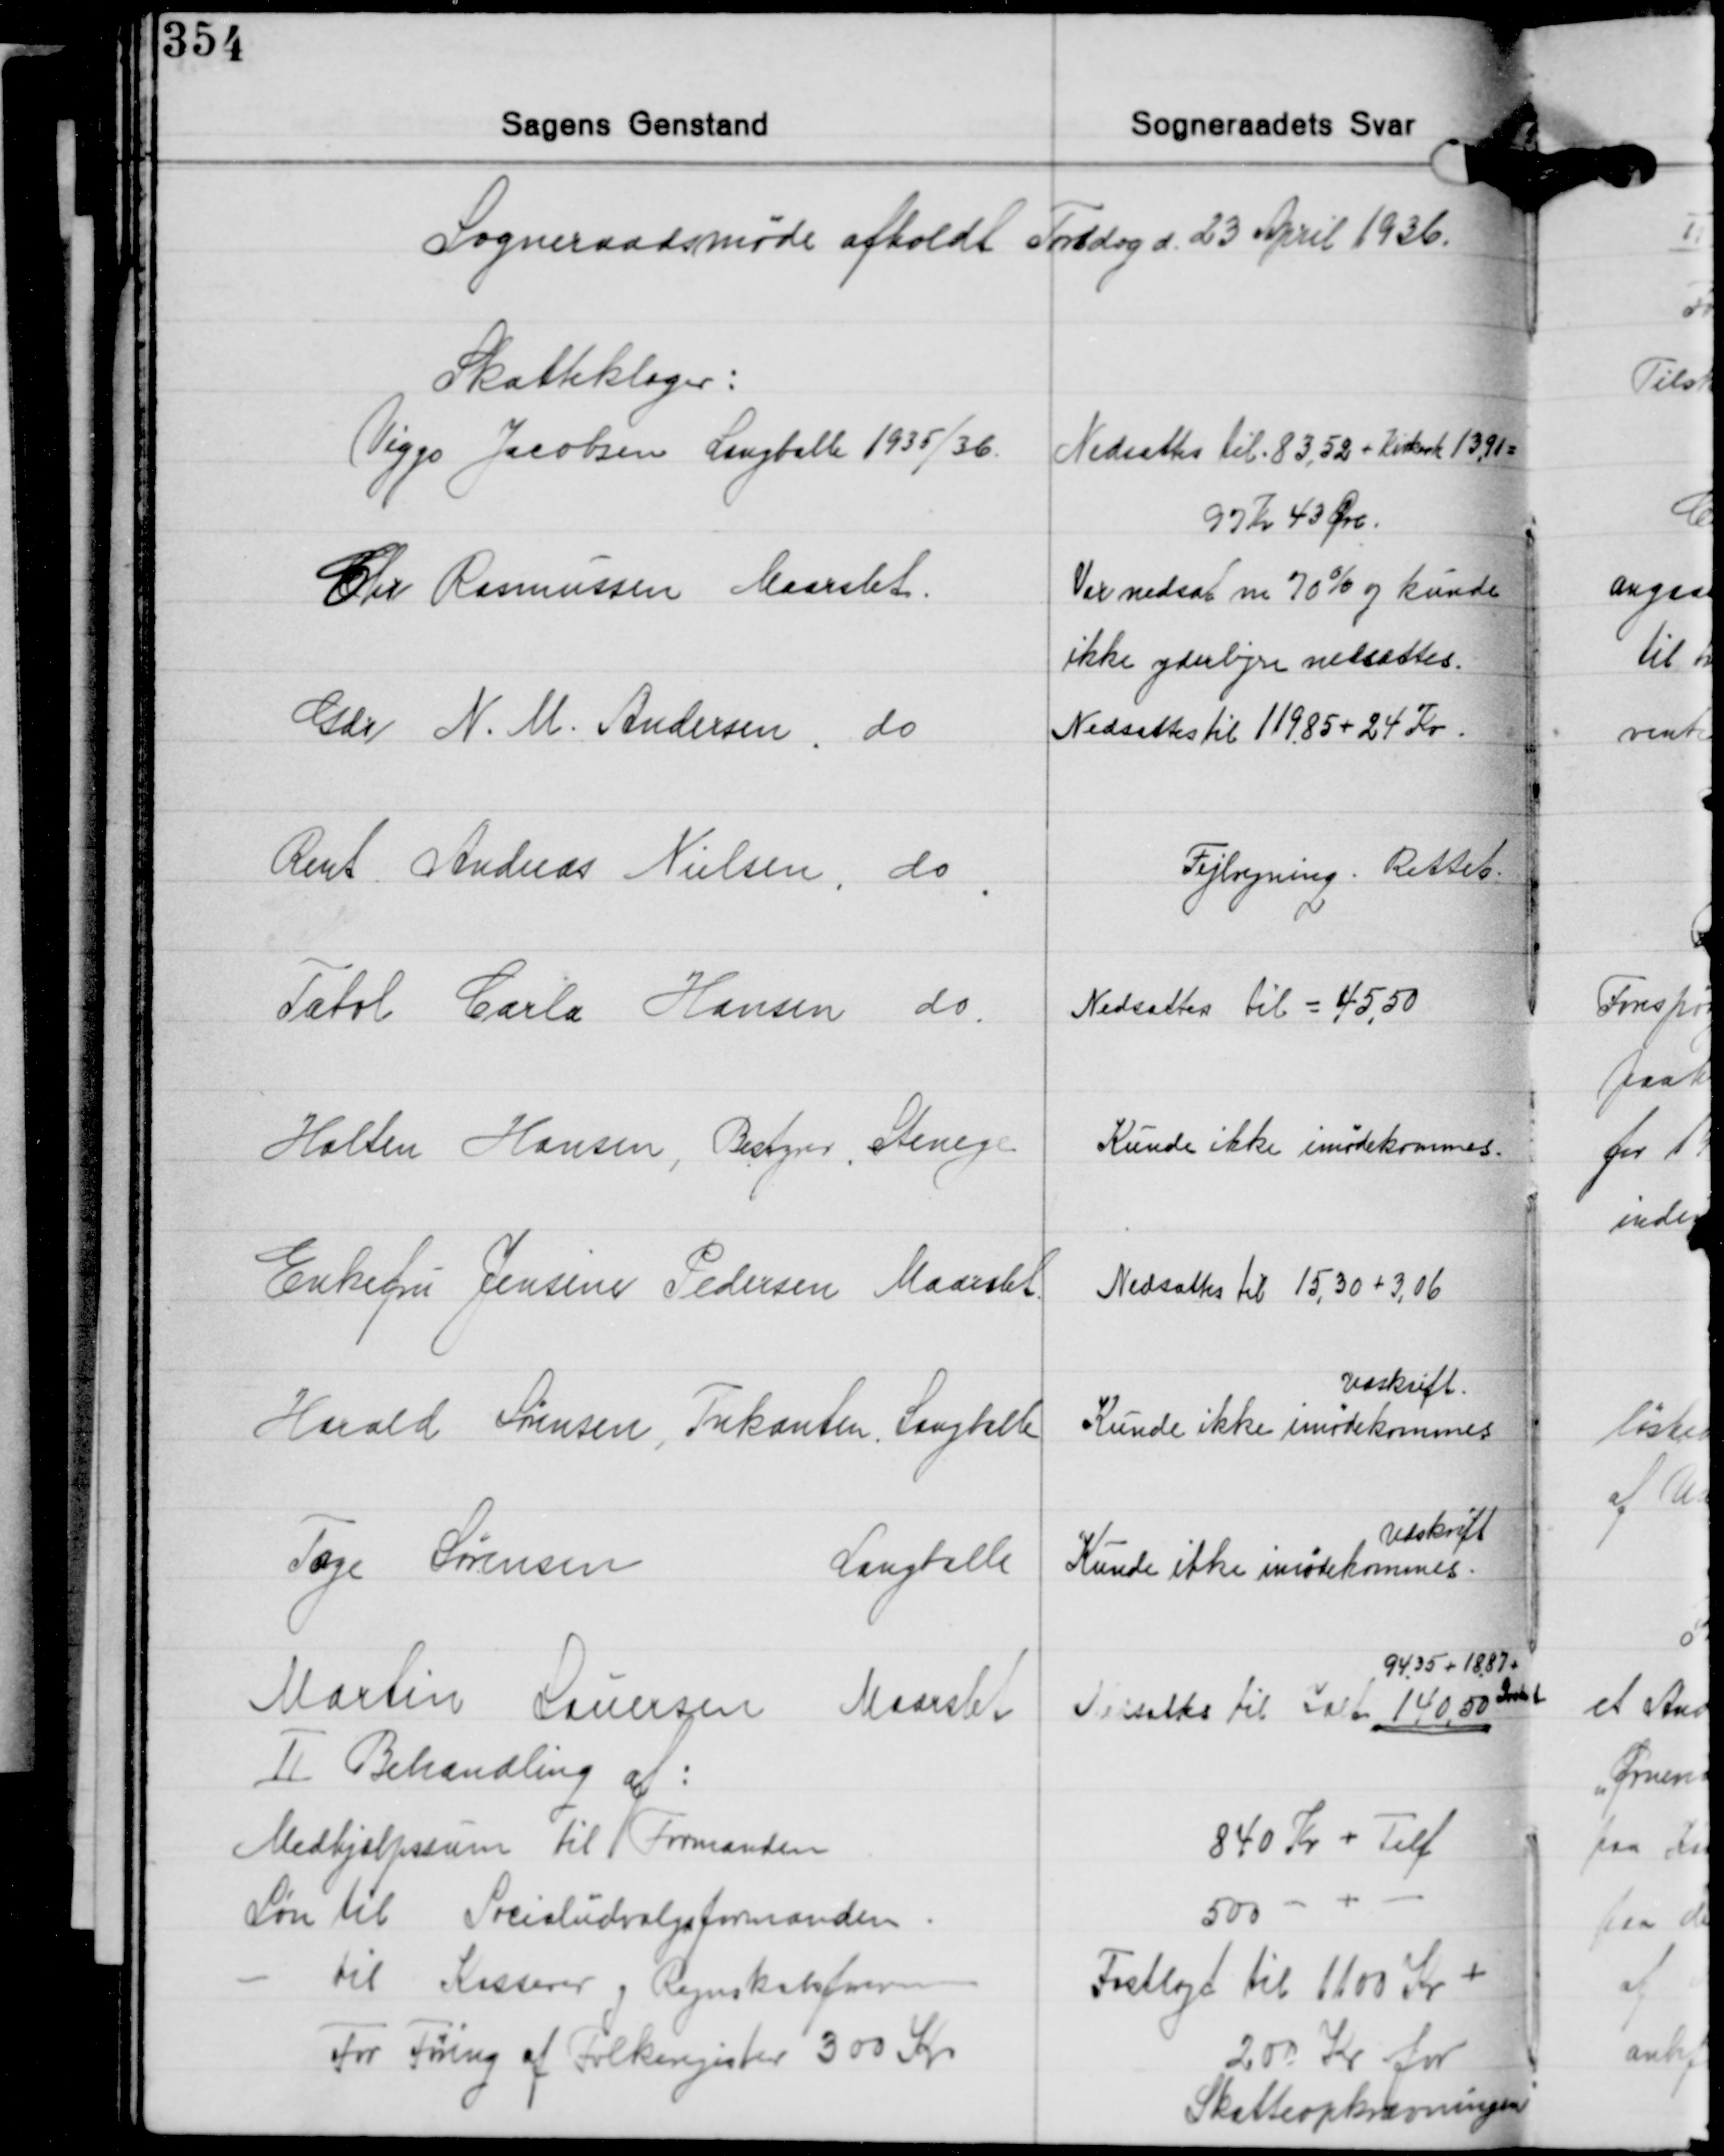
Transskription:
Sogneraadsmøde afholdt Torsdag d. 23 April 1936.

Skatteklager:
Viggo Jacobsen Langballe 1935/36.

Nedsattes til 83,52 + Kirkeskat 13,91 =
97 Kr. 43 Øre.

Chr Rasmussen Maarslet.

Var nedsat m. 70% og kunde
ikke yderligere nedsættes.

Gdr. N. M. Andersen, do

Nedsattes til 11985 + 24 Kr.

Bent Andreas Nielsen, do

Fejlregning Rettet.

Tatol Carla Hansen do

Nedsattes til = 45,50

Holten Hansen, Bestyrer Stenege

Kunde ikke imødekommes.

Enkefru Jensine Pedersen Maarslet

Nedsattes til 15,30 + 3,06

Harald Sørensen, Trekanten, Langbelle

Udskrift.
Kunde ikke imødekommes

Udskrift
Kunde ikke imødekommes.

Tage Sørensen Langballe

Martin Lauersen Maarslet
Ⅱ Behandling af:
Medhjælpssum til Formanden
Løn til Socialudvalgsformanden
- til Kasserer og Regnskabsføreren
For
Føring af Folkengister 300 Kr.

9435 + 18,87
Ialt
Nedsattes til Ialt 140,50
840 Kr + Telf.
500 - + -
Fastlagt til 1100 Kr. +
200 Kr for
Skatteopkrævningen